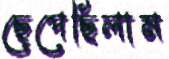
ছেপেছিলাম